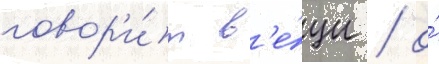
говор'и́т в'е́щи / о́